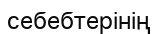
себебтерінің